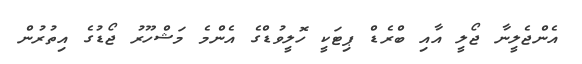
އެންޖެލީނާ ޖޯލީ އާއި ބްރެޑް ޕިޓަކީ ހޮލީވުޑްގެ އެންމެ މަޝްހޫރު ޖޯޑުގެ އިތުރުން